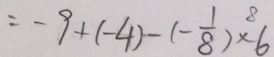
= - 9 + ( - 4 ) - ( - \frac { 1 } { 8 } ) ^ { 8 } \times 6